Regulations for the medical services of the Army of India
Year: 1930
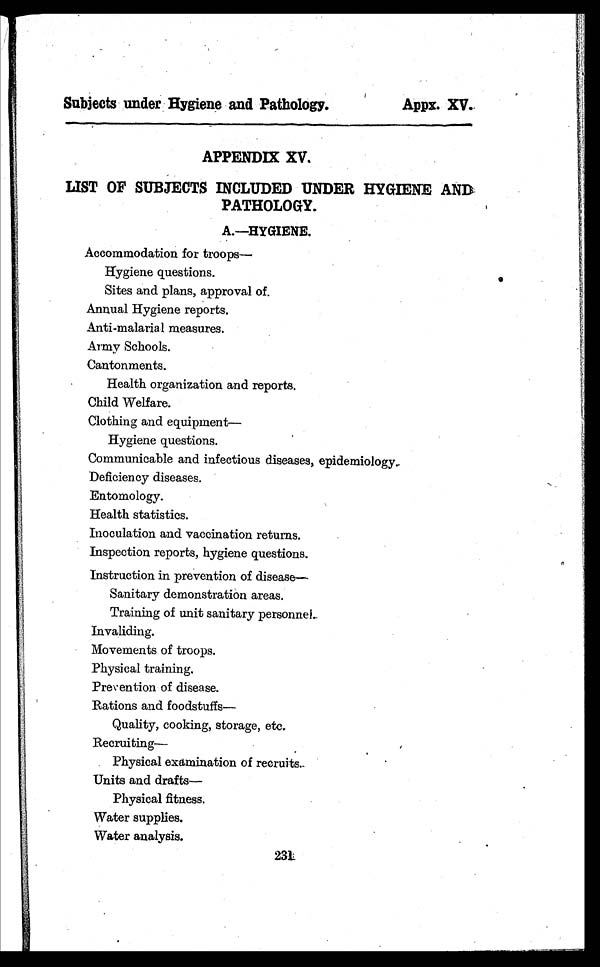
Subjects under Hygiene and Pathology.
Apps. XV.
APPENDIX XV.
LIST OF SUBJECTS INCLUDED UNDER HYGIENE AND
PATHOLOGY.
A.—HYGIENE.
Accommodation for troops—
Hygiene questions.
Sites and plans, approval of.
Annual Hygiene reports.
Anti-malarial measures.
Army Schools.
Cantonments.
Health organization and reports.
Child Welfare.
Clothing and equipment—
Hygiene questions.
Communicable and infectious diseases, epidemiology.
Deficiency diseases.
Entomology.
Health statistics.
Inoculation and vaccination returns.
Inspection reports, hygiene questions.
Instruction in prevention of disease
—
Sanitary demonstration areas.
Training of unit sanitary personnel..
Invaliding.
Movements of troops.
Physical training.
Prevention of disease.
Rations and foodstuffs—
Quality, cooking, storage, etc.
Recruiting
Physical examination of recruits.
Uni t s and dr af t s —
Physical fitness.
Water supplies.
Water analysis.
231